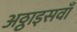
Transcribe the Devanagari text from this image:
अठ्ठाइसवाँ